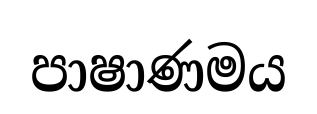
පාෂාණමය